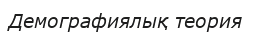
Демографиялық теория